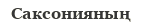
Саксонияның